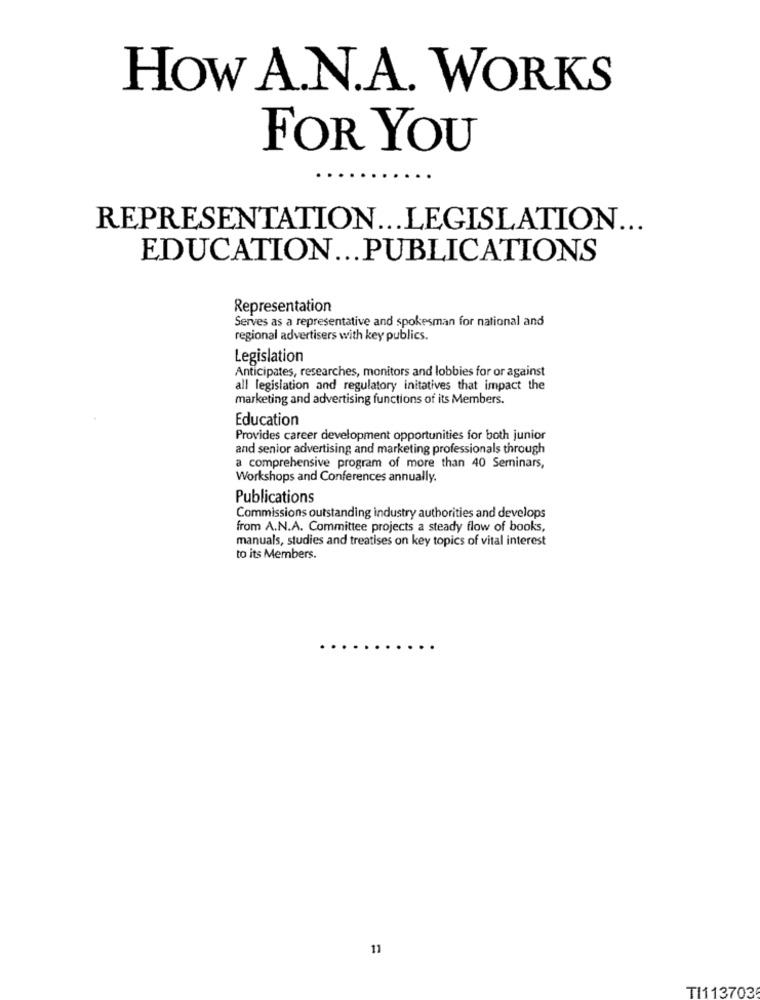
How A.N.A. WORKS
FOR YOU
REPRESENTATION ... LEGISLATION ...
EDUCATION ... PUBLICATIONS
Representation
Serves as a representative and spokesman for national and
regional advertisers with key publics.
Legislation
Anticipates, researches, monitors and lobbies for or against
all legislation and regulatory initatives that impact the
marketing and advertising functions of its Members.
Education
Provides career development opportunities for both junior
and senior advertising and marketing professionals through
a comprehensive program of more than 40 Seminars,
Workshops and Conferences annually.
Publications
Commissions outstanding industry authorities and develops
from A.N.A. Committee projects a steady flow of books,
manuals, studies and treatises on key topics of vital interest
to its Members.
11
TI113703